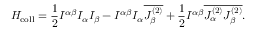
{ { \cal H } } _ { \mathrm { c o l l } } = \frac { 1 } { 2 } { \cal I } ^ { \alpha \beta } I _ { \alpha } I _ { \beta } - { \cal I } ^ { \alpha \beta } I _ { \alpha } \overline { { { J _ { \beta } ^ { ( 2 ) } } } } + \frac { 1 } { 2 } { \cal I } ^ { \alpha \beta } \overline { { { J _ { \alpha } ^ { ( 2 ) } J _ { \beta } ^ { ( 2 ) } } } } .